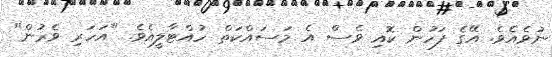
ނުވެއެވެ. އޭގެ ފަހުން ކޮއި ވެސް އެ މަސައްކަތް ހުއްޓާލީއެވެ. "އަހަރި ވެރުން"